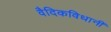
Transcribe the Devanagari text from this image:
वैदिकविधानीं